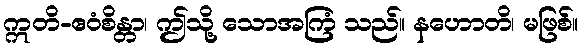
ဣတိ-ဧဝံစိန္တာ၊ ဤသို့ သောအကြံ သည်။ နဟောတိ၊ မဖြစ်။